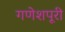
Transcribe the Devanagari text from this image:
गणेशपूरी